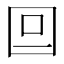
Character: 𡆷